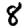
Digit: 8